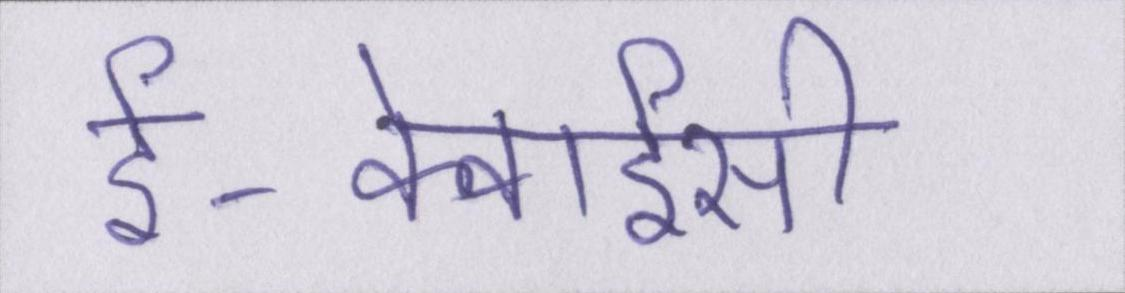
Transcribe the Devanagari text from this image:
ई-केवाईसी